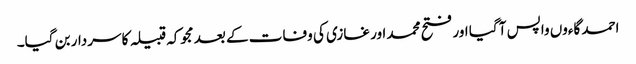
احمد گاءوں واپس آ گیا اور فتح محمد اور غازی کی وفات کے بعد مجوکہ قبیلہ کا سردار بن گیا۔